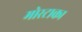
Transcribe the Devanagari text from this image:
मोरटाका